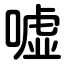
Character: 嘘